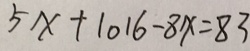
5 x + 1 0 1 6 - 8 x = 8 3